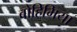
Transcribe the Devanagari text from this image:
बोहिमिया